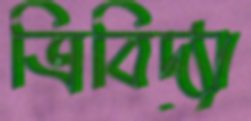
ত্রিবিদ্যা